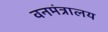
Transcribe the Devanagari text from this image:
वनमंत्रालय